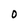
Character: O